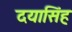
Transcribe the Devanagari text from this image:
दयासिंह